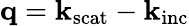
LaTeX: \mathbf{q}=\mathbf{k}_{\mathrm{scat}}-\mathbf{k}_{\mathrm{inc}}